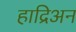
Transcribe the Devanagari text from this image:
हाद्रिअन